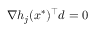
\nabla h _ { j } ( x ^ { * } ) ^ { \top } d = 0